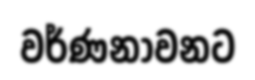
වර්ණනාවනට